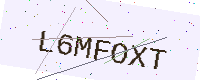
Text: L6MFOXT